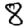
Digit: 8